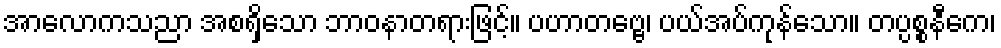
အာလောကသညာ အစရှိသော ဘာဝနာတရားဖြင့်။ ပဟာတဗ္ဗေ၊ ပယ်အပ်ကုန်သော။ တပ္ပစ္စနီကေ၊